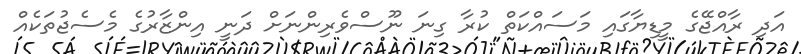
އަދި ރާއްޖޭގެ މީޑިޔާގައި މަސައްކަތް ކުރާ ގިނަ ނޫސްވެރިންނަށް ދަނީ އިންޒާރުގެ މެސެޖުތަކެއް